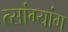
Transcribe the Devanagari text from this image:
त्सांग्यांग